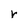
Character: r